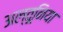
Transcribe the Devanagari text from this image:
अल्तूनिया